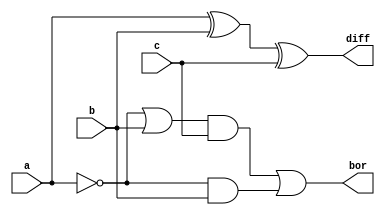
`timescale 1ns / 1ps
module fs(output diff,bor,input a,b,c);
wire na,d1,b1,b2,b3;
xor a1(d1,a,b);
xor a2(diff,d1,c);
not n1(na,a);
or a3(b1,na,b);
and a4(b2,b1,c);
and a5(b3,na,b);
or a6(bor,b2,b3);
endmodule